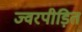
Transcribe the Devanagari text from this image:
ज्वरपीड़ित